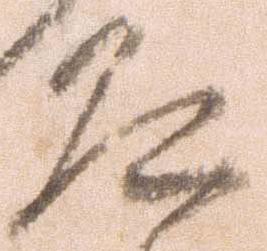
道